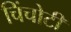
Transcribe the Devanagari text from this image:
चिंचोटी